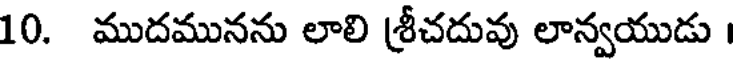
10. ముదమునను లాలి శ్రీచదువు లాన్వయుడు ।